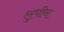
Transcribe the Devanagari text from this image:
लुपीन